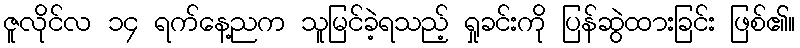
ဇူလိုင်လ ၁၄ ရက်နေ့ညက သူမြင်ခဲ့ရသည့် ရှုခင်းကို ပြန်ဆွဲထားခြင်း ဖြစ်၏။